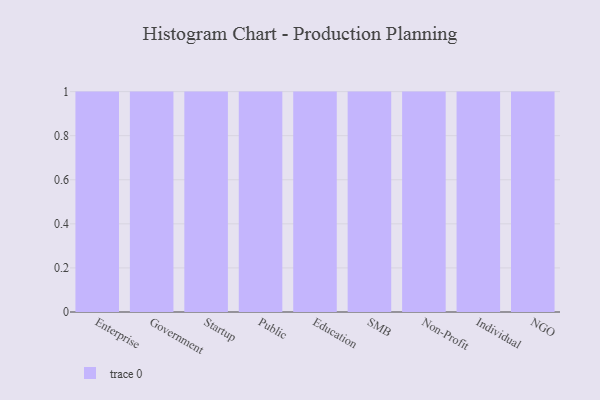
{"axis": {"x": "Segment", "y": "Demand Index"}, "legend": [""], "data": [{"x": "Enterprise", "y": 12, "type": ""}, {"x": "Government", "y": 81, "type": ""}, {"x": "Startup", "y": 76, "type": ""}, {"x": "Public", "y": 96, "type": ""}, {"x": "Education", "y": 43, "type": ""}, {"x": "SMB", "y": 44, "type": ""}, {"x": "Non-Profit", "y": 7, "type": ""}, {"x": "Individual", "y": 59, "type": ""}, {"x": "NGO", "y": 27, "type": ""}]}